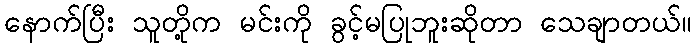
နောက်ပြီး သူတို့က မင်းကို ခွင့်မပြုဘူးဆိုတာ သေချာတယ်။